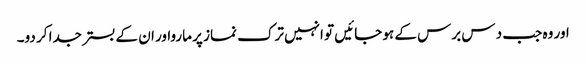
اور وہ جب د س برس کے ہو جائیں تو انہیں ترک نماز پر مارواور ان کے بستر جدا کر دو۔